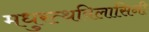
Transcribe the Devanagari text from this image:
मधुरत्थविलासिनी